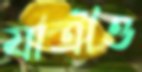
যাত্রীও